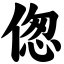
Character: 偬